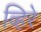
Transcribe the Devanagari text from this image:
व्हिरे